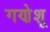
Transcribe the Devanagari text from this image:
गणेशू